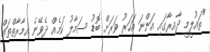
"ތައުލީމީ ދާއިރާގައި އަންނަ އަހަރު ވަރަށް ބޮޑު ސަމާލު ކަމެއް ދެވޭނެ އިމާރާތްތައް